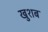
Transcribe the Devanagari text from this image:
खुशब